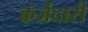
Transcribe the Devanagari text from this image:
कर्जेदारी